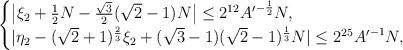
LaTeX: \begin{align*} \begin{cases}\bigl| {\xi_2} + \frac{1}{2} N - \frac{\sqrt{3}}{2} (\sqrt{2}-1) N\bigr|\leq 2^{12} {A'}^{-\frac{1}{2}} N,\\|\eta_2 - (\sqrt{2}+1)^{\frac{2}{3}} \xi_2 + (\sqrt{3}-1) (\sqrt{2}-1)^{\frac{1}{3}} N| \leq 2^{25} {A'}^{-1} N,\end{cases}\end{align*}